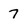
Character: 7